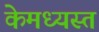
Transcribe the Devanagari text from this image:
केमध्यस्त